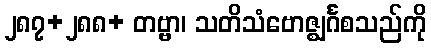
၂၈၇+၂၈၈+ တဗ္ဗာ၊ သတိသံဗောဇ္ဈင်္ဂစသည်ကို